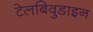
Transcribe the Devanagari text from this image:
टेलबिवुडाइन